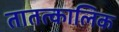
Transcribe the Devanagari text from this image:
तातत्कालिक